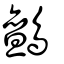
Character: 鸇